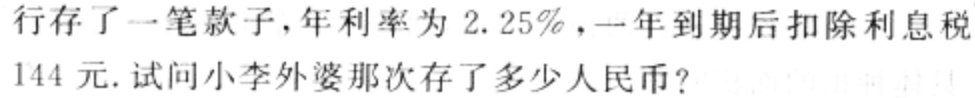
行存了一笔款子，年利率为 \(2.25\%\)，一年到期后扣除利息税
144 元. 试问小李外婆那次存了多少人民币?